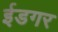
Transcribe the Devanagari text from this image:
ईडगर